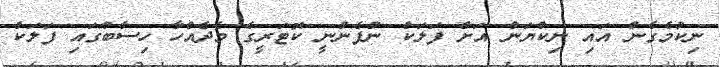
ނިކުމެގެން އައި ނިކްޔަން އަށް ފަލަކް ނުފެނުނީ ކޮޓަރީގެ މެދެއްހާ ހިސާބުގައި ފަލަކް